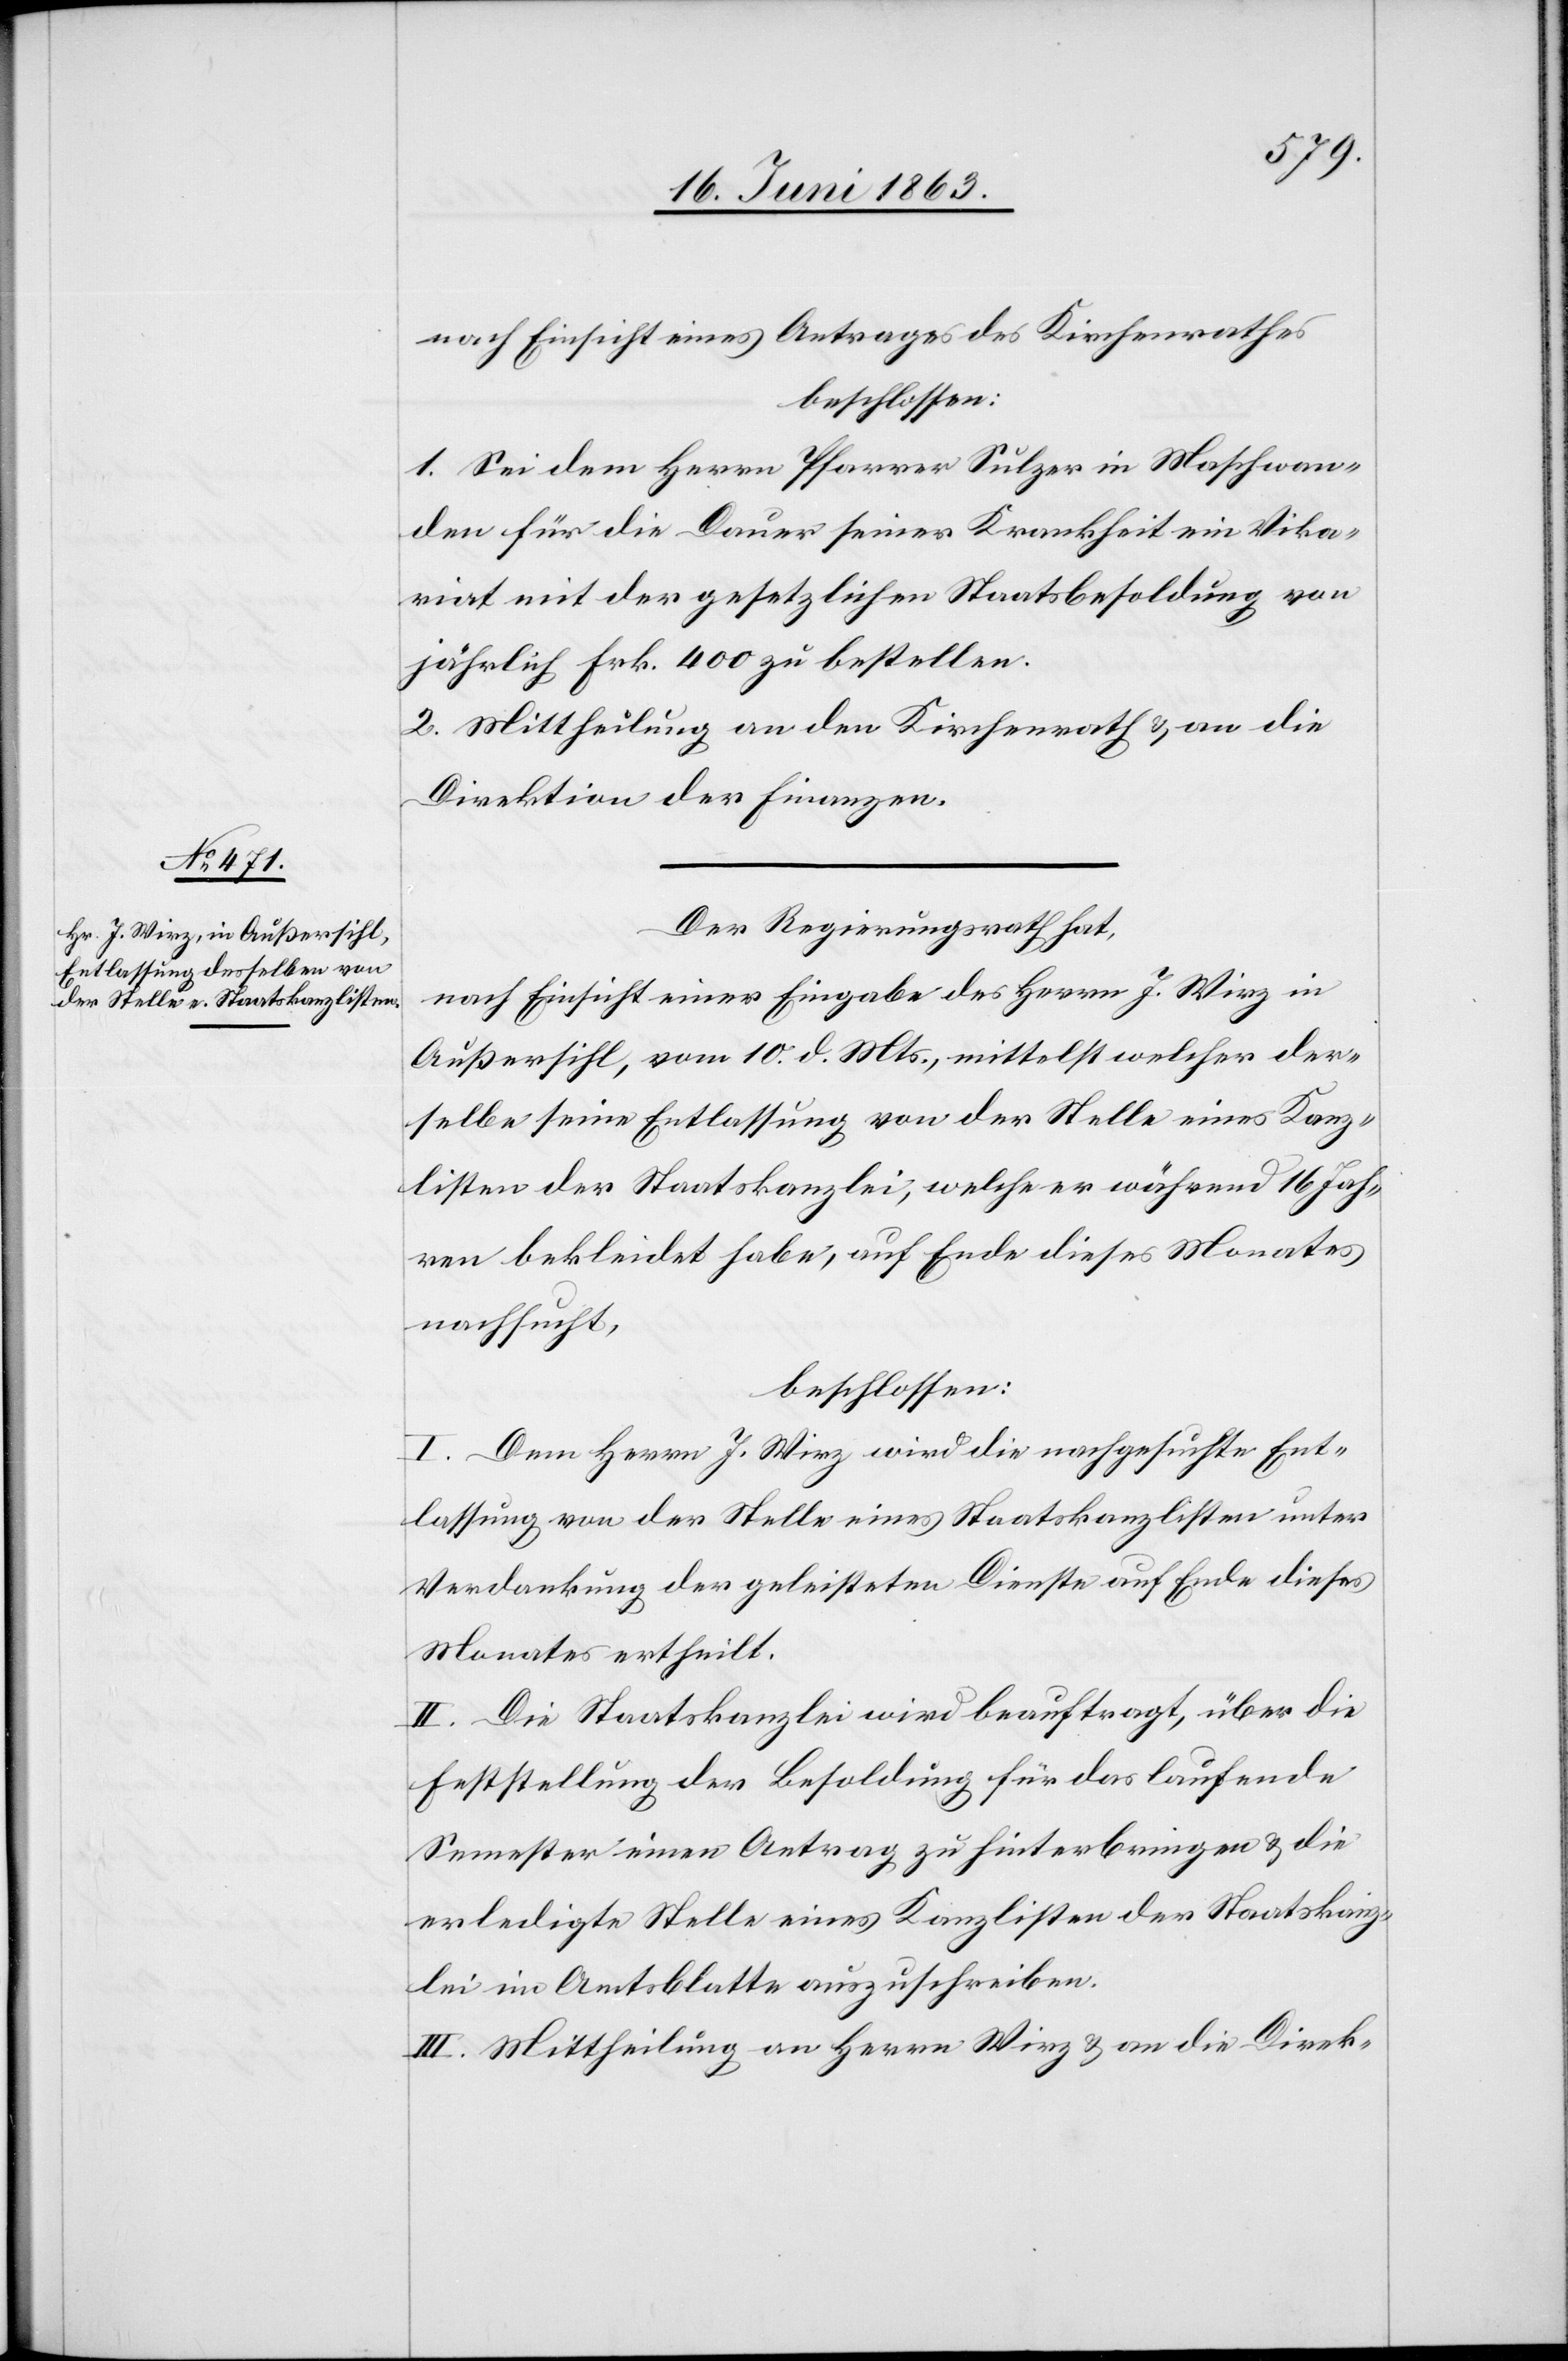
nach Einsicht eines Antrages der Kirchenrathes
beschlossen:
1. Sei dem Herrn Pfarrer Sulzer in Maschwan¬
den für die Dauer seiner Krankheit ein Vika¬
riat mit der gesetzlichen Staatsbesoldung von
jährlich Frk. 400 zu bestellen.
2. Mittheilung an den Kirchenrath & an die
Direktion der Finanzen.
Der Regierungsrath hat,
nach Einsicht einer Eingabe des Herrn J. Wirz in
Außersihl, vom 10. d. Mts., mittelst welcher der¬
selbe seine Entlassung von der Stelle eines Kanz¬
listen der Staatskanzlei, welche er während 16 Jah¬
ren bekleidet habe, auf Ende dieses Monates
nachsucht,
beschlossen:
I. Dem Herrn J. Wirz wird die nachgesuchte Ent¬
lassung von der Stelle eines Staatskanzlisten unter
Verdankung der geleisteten Dienste auf Ende dieses
Monates ertheilt.
II. Die Staatskanzlei wird beauftragt, über die
Feststellung der Besoldung für das laufende
Semester einen Antrag zu hinterbringen & die
erledigte Stelle eines Kanzlisten der Staatskanz¬
lei im Amtsblatte auszuschreiben.
III. Mittheilung an Herrn Wirz & an die Direk-